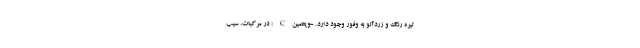
تیره رنگ و زردآلو به وفور وجود دارد. -ویتامین C : در مرکبات، سیب